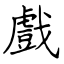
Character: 戲